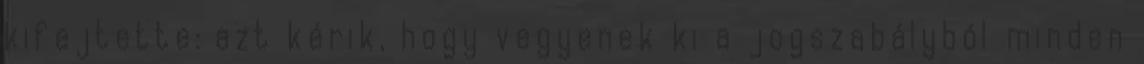
kifejtette: azt kérik, hogy vegyenek ki a jogszabályból minden